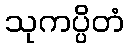
သုကပ္ပိတံ